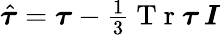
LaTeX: \begin{array}{r}{\hat{\boldsymbol{\tau}}=\boldsymbol{\tau}-\frac{1}{3}\mathrm{~T~r~}\boldsymbol{\tau}\, \boldsymbol{I}}\end{array}